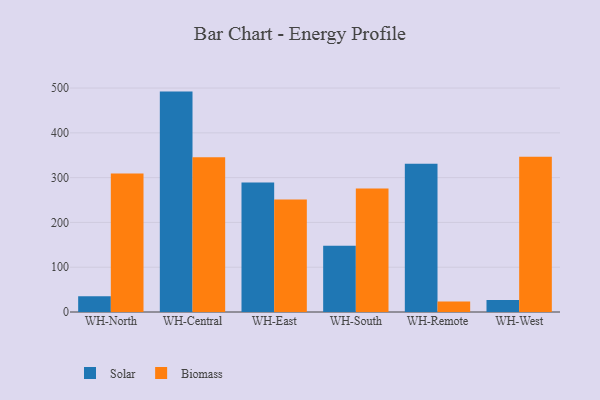
{"axis": {"x": "Warehouse", "y": "Demand Index"}, "legend": ["Biomass", "Solar"], "data": [{"x": "WH-North", "y": 35.0, "type": "Solar"}, {"x": "WH-North", "y": 309.2, "type": "Biomass"}, {"x": "WH-Central", "y": 492.1, "type": "Solar"}, {"x": "WH-Central", "y": 345.5, "type": "Biomass"}, {"x": "WH-East", "y": 289.0, "type": "Solar"}, {"x": "WH-East", "y": 251.4, "type": "Biomass"}, {"x": "WH-South", "y": 148.0, "type": "Solar"}, {"x": "WH-South", "y": 275.6, "type": "Biomass"}, {"x": "WH-Remote", "y": 331.1, "type": "Solar"}, {"x": "WH-Remote", "y": 23.3, "type": "Biomass"}, {"x": "WH-West", "y": 26.8, "type": "Solar"}, {"x": "WH-West", "y": 346.4, "type": "Biomass"}]}